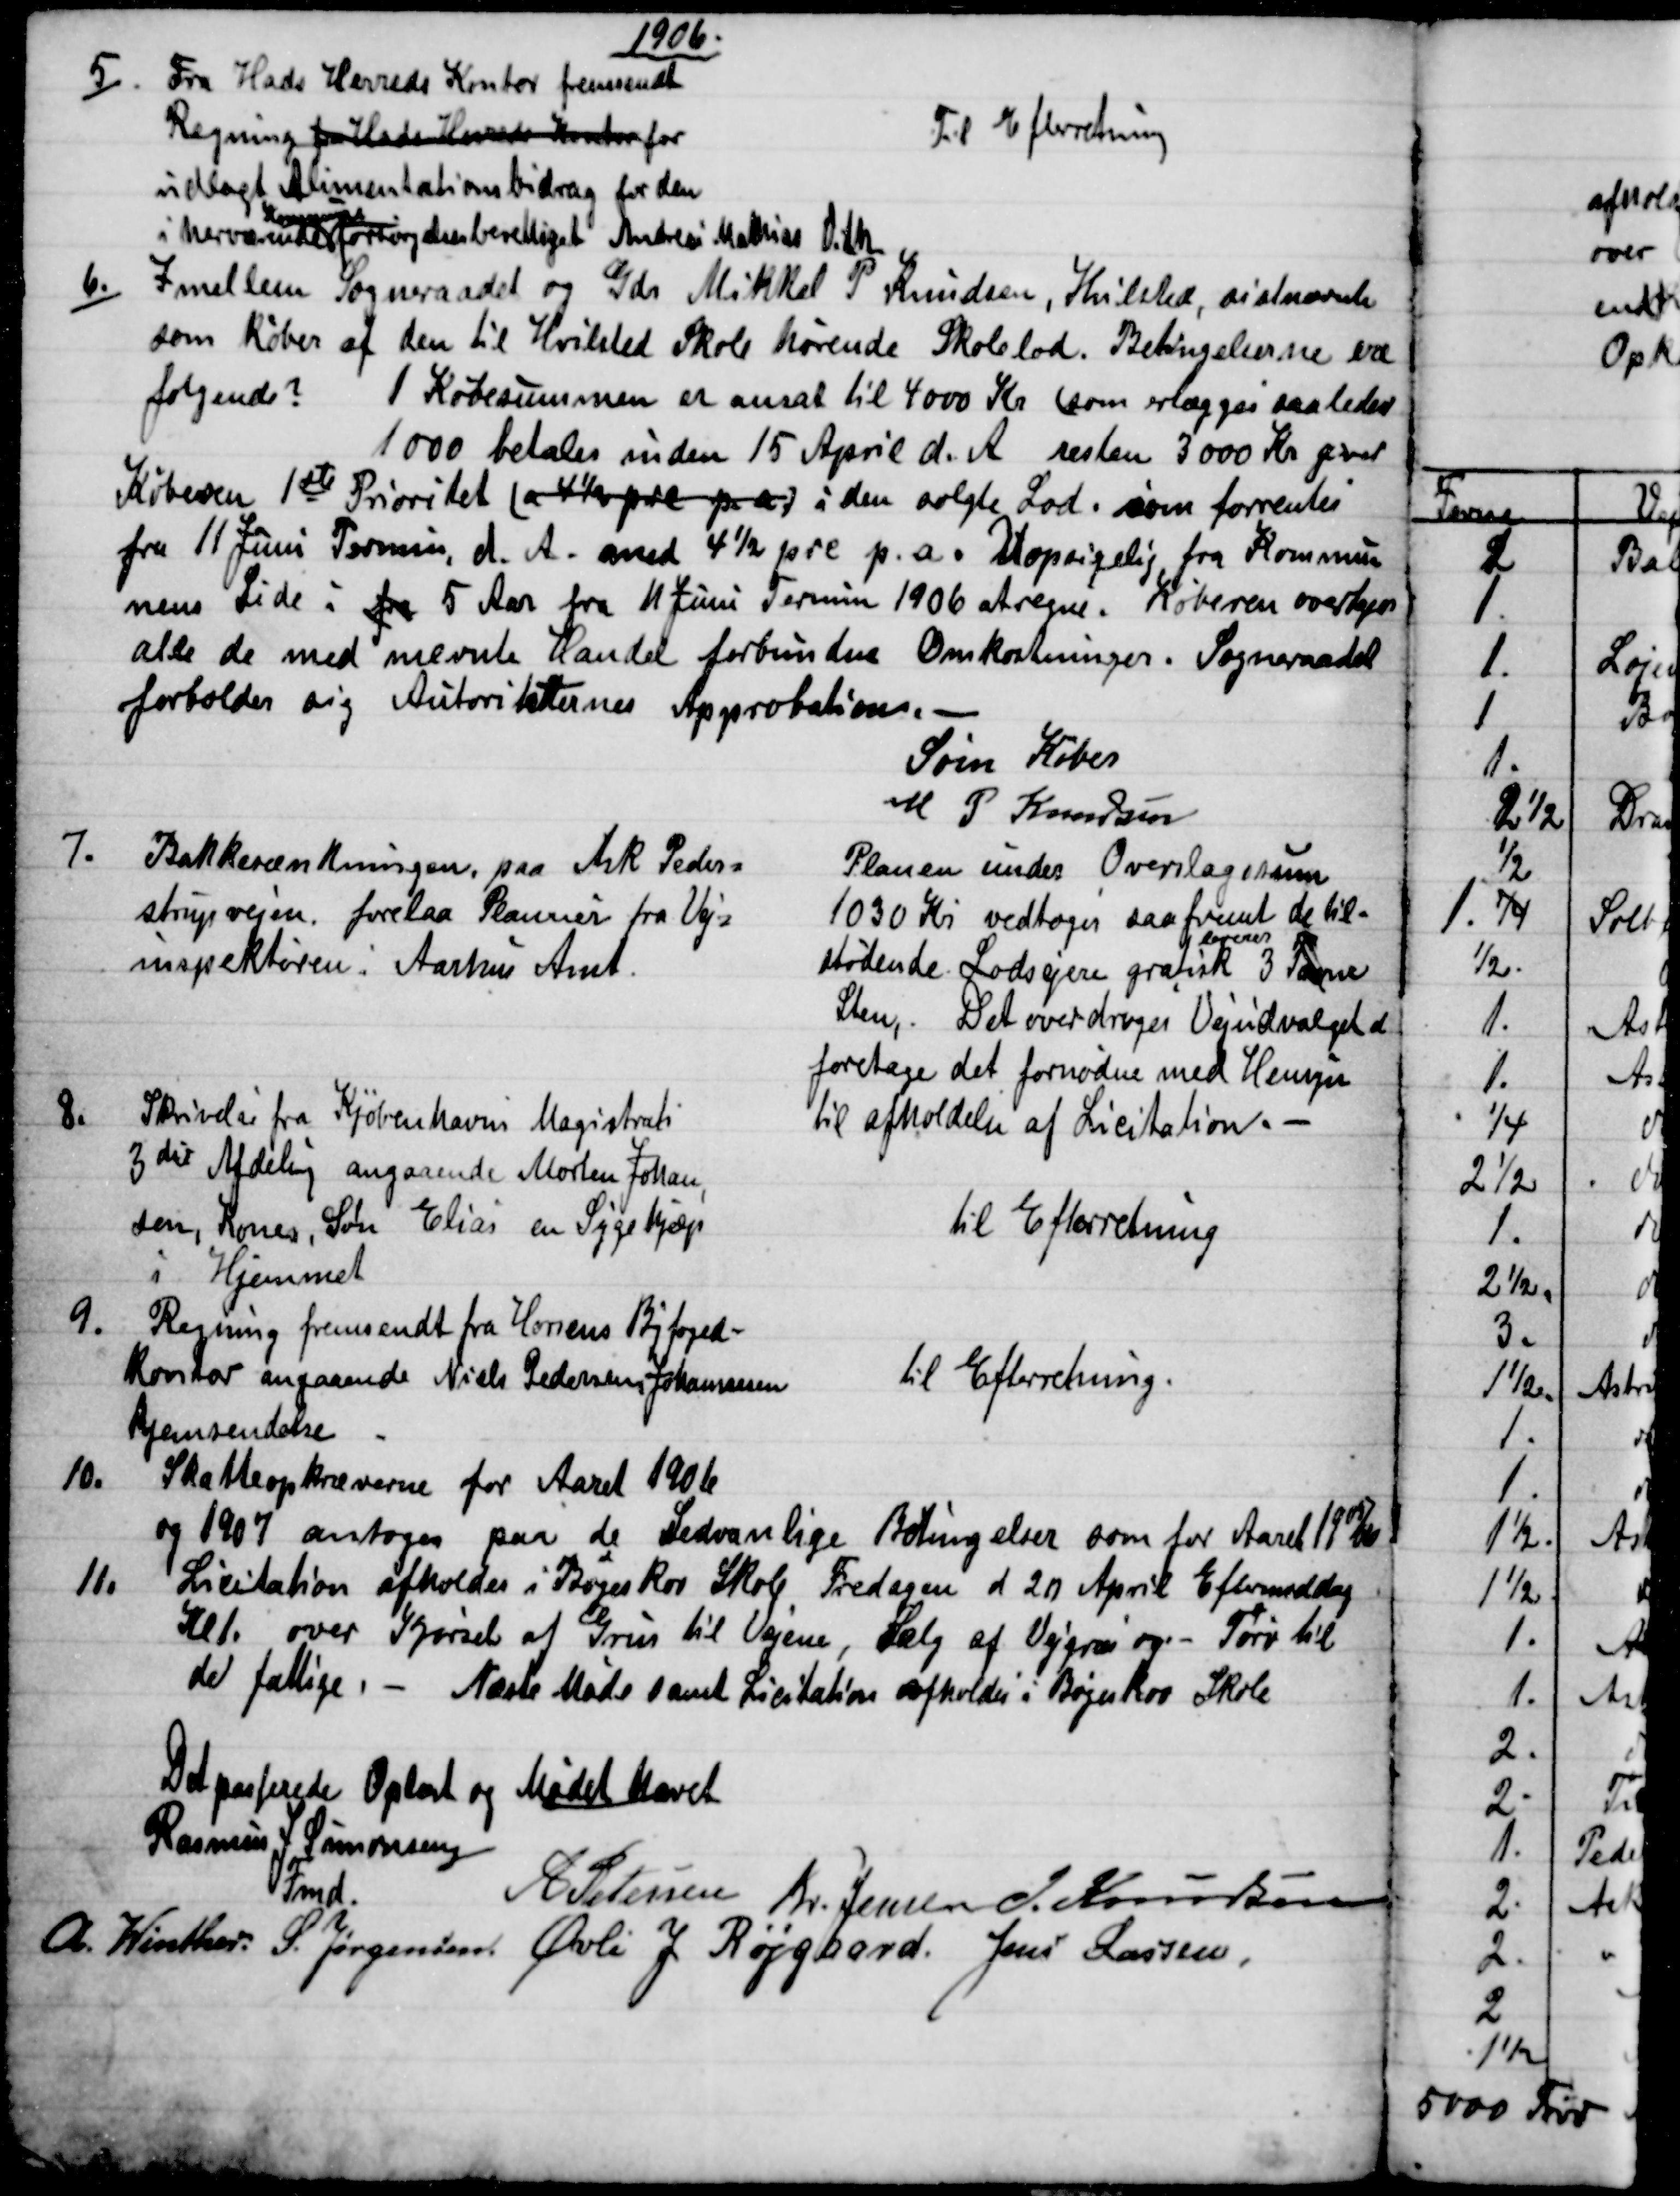
Transskription:
1906.
5.)
Fra Hads Herreds Kontor fremsendt
Regning fra Hads Kasse Kontor for
udlagt Alimentationsbidrag for den
i herværende 
Kommune
forsørgelsesberettiget Andreas Mathias Vith
Til Efterretning
6.)
Imellem Sogneraadet og Gdr Mikkel P Knudsen, Hvilsted, sistnævnte
som køber af den til Hvilsted Skole hørende Skolelod. Betingelserne ere
følgende? 1 Købesummen er ansat til 4000 Kr (som erlægges saaledes
1000 betales inden 15 April d. A. resten 3000 Kr giver
Køberen 1ste Prioritet (a 4½ prc p. a.) i den solgte Lod, som forrentes
fra 11 Juni Termin, d. A. med 4½ prc p. a. Uopsigelig fra Kommu-
nens Side i fra 5 Aar fra 11 Juni Termin 1906 at regne. Køberen overtager
alle de med nævnte Handel forbundne Omkostninger. Sogneraadet
forholder sig Autoriteternes Approbation. 
Som Køber
M P Knudsen
7.
Bakkesænkningen, paa Ask Peder=
strupvejen forelaa Planner fra Vej-
inspektøren i Aarhus Amt.
Planen under Overslagssum
1030 Kr vedtoges saafremt de til=
stødende Lodsejere gratisk 
leverer
3 Favne
Sten, Det overdroges Vejudvalget at
foretage det fornødne med Hensyn
til afholdelse af Licitation.
8.
Skrivelse fra Kjøbenhavns Magistrats
3die Afdeling angaaende Morten Johan
sen, Kones, Søn Elias en Sygehjælp
i Hjemmet
til Efterretning
9.
Regning fremsendt fra Horsens Byfoged-
Kontor angaaende Niels Pedersen, Johannesen
hjemsendelse
til Efterretning.
10.
Skatteopkræverne for Aaret 1906
og 1907 antoges paa de Sedvanlige Betingelser som for Aaret 1905/06
11.
Licitation afholdes i Bøgeskov Skole Fredagen d 20 April Eftermiddag
Kl 1. over Kjørsel af Grus til Vejene, Salg af Vejgræs og - Tørv til
de fattige. - Næste Møde samt Licitation afholdes i Bøgeskov Skole
Det passerede Oplæst og Mødet hævet
Rasmus J. Simonsen
Fmd.
A Petersen Kr. Jensen J. Knudsen
A. Winther S. Jørgensen. Øvli J Røjgaard. Jens Larsen,